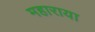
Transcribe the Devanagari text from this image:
महाराया